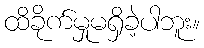
ထိခိုက်မှုမရှိခဲ့ပါဘူး။